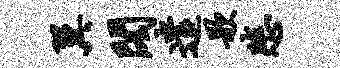
翼阁遣歌悲